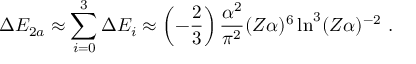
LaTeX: \Delta E _ { 2 a } \approx \sum _ { i = 0 } ^ { 3 } \Delta E _ { i } \approx \left( - \frac { 2 } { 3 } \right) \frac { \alpha ^ { 2 } } { \pi ^ { 2 } } ( Z \alpha ) ^ { 6 } \ln ^ { 3 } ( Z \alpha ) ^ { - 2 } \ .